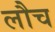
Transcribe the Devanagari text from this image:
लौच